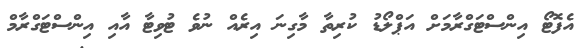
އެފޮޓޯ އިންސްޓަގްރާމަށް އަޕްލޯޑު ކުރިތާ މާގިނަ އިރެއް ނުވެ ޓުވިޓާ އާއި އިންސްޓަގްރާމް